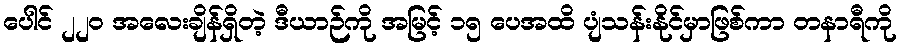
ပေါင် ၂၂၀ အလေးချိန်ရှိတဲ့ ဒီယာဉ်ကို အမြင့် ၁၅ ပေအထိ ပျံသန်းနိုင်မှာဖြစ်ကာ တနာရီကို